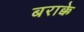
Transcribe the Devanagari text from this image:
बराक्के